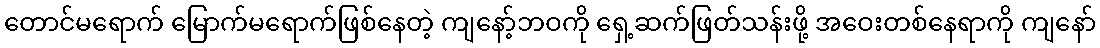
တောင်မရောက် မြောက်မရောက်ဖြစ်နေတဲ့ ကျနော့်ဘဝကို ရှေ့ဆက်ဖြတ်သန်းဖို့ အဝေးတစ်နေရာကို ကျနော်